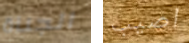
الجناة اصيب